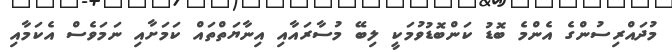
މުދައްރިސުންގެ އެންމެ ބޮޑު ކަންބޮޑުވުމަކީ ލިބޭ މުސާރައާއި އިނާޔަތްތައް ކަމަށާއި ނަމަވެސް އެކަމާއި